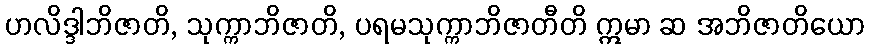
ဟလိဒ္ဒါဘိဇာတိ, သုက္ကာဘိဇာတိ, ပရမသုက္ကာဘိဇာတီတိ ဣမာ ဆ အဘိဇာတိယော